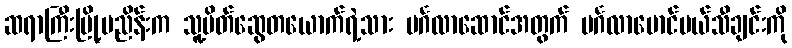
ဆရာကြီးမြို့မညိန်းက သူ့မိတ်ဆွေတယောက်ရဲ့သား မင်္ဂလာဆောင်အတွက် မင်္ဂလာမောင်မယ်သီချင်းကို